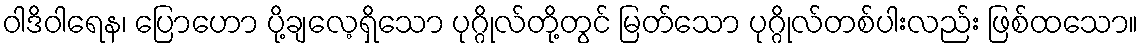
ဝါဒိဝါရေန၊ ပြောဟော ပို့ချလေ့ရှိသော ပုဂ္ဂိုလ်တို့တွင် မြတ်သော ပုဂ္ဂိုလ်တစ်ပါးလည်း ဖြစ်ထသော။